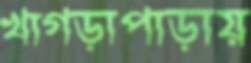
খাগড়াপাড়ায়